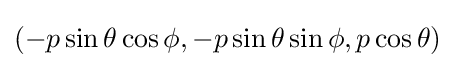
(-p\sin \theta \cos \phi ,-p\sin \theta \sin \phi ,p\cos \theta )